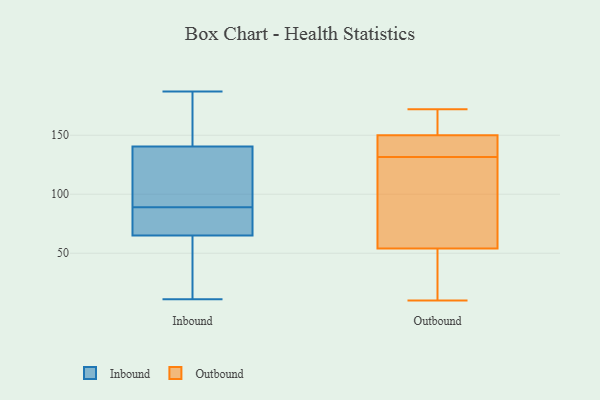
{"axis": {"x": "Headcount", "y": "Value"}, "legend": ["Inbound", "Outbound"], "data": [{"x": "", "y": 38, "type": "Inbound"}, {"x": "", "y": 75, "type": "Inbound"}, {"x": "", "y": 159, "type": "Inbound"}, {"x": "", "y": 164, "type": "Inbound"}, {"x": "", "y": 88, "type": "Inbound"}, {"x": "", "y": 11, "type": "Inbound"}, {"x": "", "y": 139, "type": "Inbound"}, {"x": "", "y": 182, "type": "Inbound"}, {"x": "", "y": 84, "type": "Inbound"}, {"x": "", "y": 95, "type": "Inbound"}, {"x": "", "y": 81, "type": "Inbound"}, {"x": "", "y": 125, "type": "Inbound"}, {"x": "", "y": 66, "type": "Inbound"}, {"x": "", "y": 113, "type": "Inbound"}, {"x": "", "y": 187, "type": "Inbound"}, {"x": "", "y": 28, "type": "Inbound"}, {"x": "", "y": 64, "type": "Inbound"}, {"x": "", "y": 142, "type": "Inbound"}, {"x": "", "y": 34, "type": "Inbound"}, {"x": "", "y": 90, "type": "Inbound"}, {"x": "", "y": 63, "type": "Outbound"}, {"x": "", "y": 54, "type": "Outbound"}, {"x": "", "y": 152, "type": "Outbound"}, {"x": "", "y": 44, "type": "Outbound"}, {"x": "", "y": 157, "type": "Outbound"}, {"x": "", "y": 18, "type": "Outbound"}, {"x": "", "y": 172, "type": "Outbound"}, {"x": "", "y": 82, "type": "Outbound"}, {"x": "", "y": 142, "type": "Outbound"}, {"x": "", "y": 144, "type": "Outbound"}, {"x": "", "y": 150, "type": "Outbound"}, {"x": "", "y": 121, "type": "Outbound"}, {"x": "", "y": 142, "type": "Outbound"}, {"x": "", "y": 10, "type": "Outbound"}]}